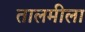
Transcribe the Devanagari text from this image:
तालमीला